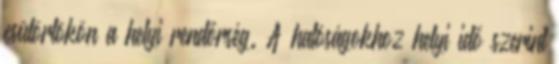
csütörtökön a helyi rendőrség. A hatóságokhoz helyi idő szerint